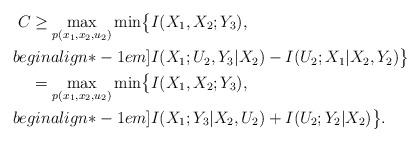
LaTeX: \begin{align*}C \ge\max_{p(x_1,x_2,u_2)} \min \bigl\{ &I(X_1, X_2; Y_3), \\begin{align*}-1em]& I(X_1; U_2, Y_3 | X_2) - I(U_2; X_1 | X_2, Y_2) \bigr\}\\= \max_{p(x_1,x_2,u_2)} \min \bigl\{ &I(X_1, X_2; Y_3), \\begin{align*}-1em]& I(X_1; Y_3 | X_2, U_2) + I(U_2; Y_2 | X_2) \bigr\}.\end{align*}